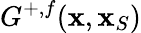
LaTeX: G^{+,f}({\mathbf x},{\mathbf x}_{S})